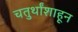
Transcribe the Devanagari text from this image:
चतुर्थांशाहून